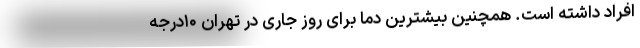
افراد داشته است. همچنین بیشترین دما برای روز جاری در تهران ۱۰درجه